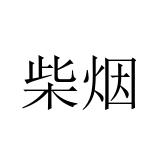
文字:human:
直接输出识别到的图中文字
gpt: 柴烟